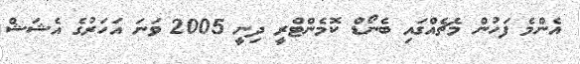
އެންމެ ފަހުން މެޗެއްގައި ބެނޯޑް ކޮމެންޓްރީ ދިނީ 2005 ވަނަ އަހަރުގެ އެޝަޝް